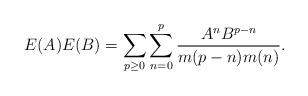
LaTeX: \begin{align*}E(A)E(B)=\sum_{p\geq 0}\sum_{n=0}^p\frac{A^nB^{p-n}}{m(p-n)m(n)}.\end{align*}